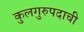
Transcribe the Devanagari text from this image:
कुलगुरुपदाची